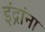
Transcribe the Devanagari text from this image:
इंद्रांना